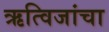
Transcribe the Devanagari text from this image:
ऋत्विजांचा